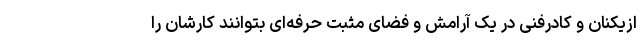
ازیکنان و کادرفنی در یک آرامش و فضای مثبت حرفه‌ای بتوانند کارشان را